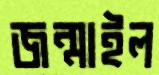
জন্মাইল